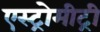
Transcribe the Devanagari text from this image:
एस्ट्रोमीट्री